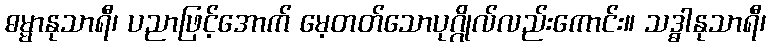
ဓမ္မာနုသာရီ၊ ပညာဖြင့်အောက် မေ့တတ်သောပုဂ္ဂိုလ်လည်းကောင်း။ သဒ္ဓါနုသာရီ၊